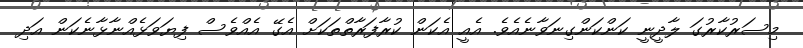
މިސަރުކާރުގަ ލާދީނީ ކަންކަންގިނަވާނެއެވެ. އެއީ އެކަން ކުރާފަރާތްތަކަށް އެގޭ އެއްވެސް ފިޔަވަޅެއްނާޅާނެކަން އަދި